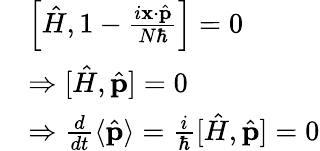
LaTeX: {\begin{array}{rl}&{\left[{\hat{H}},1-{\frac{i\mathbf{x}\cdot{\hat{\mathbf{p}}}}{N\hbar}}\right]=0}\\ &{\Rightarrow[{\hat{H}},{\hat{\mathbf{p}}}]=0}\\ &{\Rightarrow{\frac{d}{dt}}\langle{\hat{\mathbf{p}}}\rangle={\frac{i}{\hbar}}[{\hat{H}},{\hat{\mathbf{p}}}]=0}\end{array}}